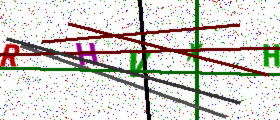
Text: RHVXH